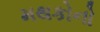
મથકોનો